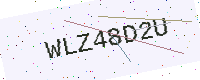
Text: WLZ48D2U